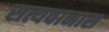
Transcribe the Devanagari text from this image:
सत्यवानास